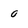
Character: O